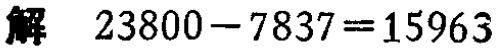
解 \(23800 - 7837 = 15963\)